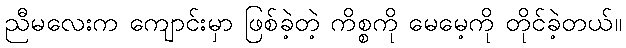
ညီမလေးက ကျောင်းမှာ ဖြစ်ခဲ့တဲ့ ကိစ္စကို မေမေ့ကို တိုင်ခဲ့တယ်။